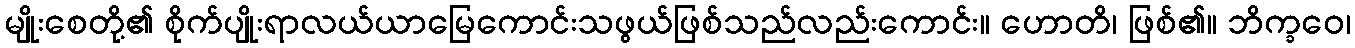
မျိုးစေတို့၏ စိုက်ပျိုးရာလယ်ယာမြေကောင်းသဖွယ်ဖြစ်သည်လည်းကောင်း။ ဟောတိ၊ ဖြစ်၏။ ဘိက္ခဝေ၊